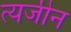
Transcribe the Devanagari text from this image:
त्यजीन